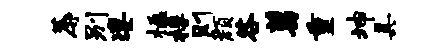
蓐别凄楹桴则颜咎葛重坤具